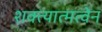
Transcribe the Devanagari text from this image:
शक्त्यात्मत्वेन